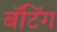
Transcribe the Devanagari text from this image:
बॅटिंग